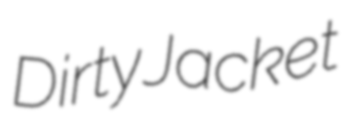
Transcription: Dirty Jacket